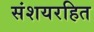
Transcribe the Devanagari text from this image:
संशयरहित